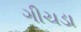
ગીચડા